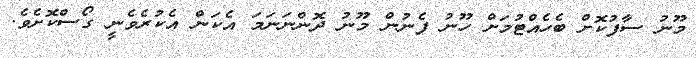
މޫނު ސާފުކޮށް ބެހެއްޓުމަށް ހޫނު ފެނުން މޫނު ދޮންނަނަމަ އެކަން އެކުރެވެނީ ގޯސްކޮށެވެ.